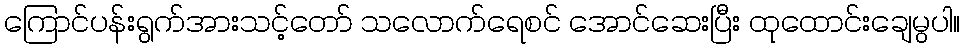
ကြောင်ပန်းရွက်အားသင့်တော် သလောက်ရေစင် အောင်ဆေးပြီး ထုထောင်းချေမွပါ။